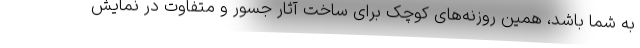
به شما باشد، همین روزنه‌های کوچک برای ساخت آثار جسور و متفاوت در نمایش